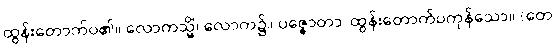
ထွန်းတောက်ပ၏။ လောကသ္မိံ၊ လောက၌။ ပဇ္ဇောတာ၊ ထွန်းတောက်ပကုန်သော။ (တေ၊